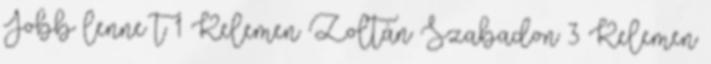
Jobb lenne t 1 Kelemen Zoltán Szabadon 3 Kelemen